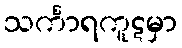
သင်္ကာရကူဋမှာ